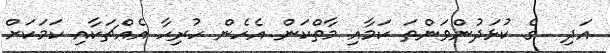
އަދި  ގެ ކުޅަދުންވަންތަ ކަމާއި މާތްކަން އެހެން ހުރިހާ އެއްޗަކާއި ކަމަކަށް